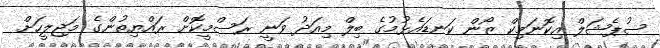
ސުޕެޝަލް އިކޮނަމިކް ޒޯން ކަނޑައެޅުމުގެ ބިލް މިއަދު ވަނީ ރަސްމީކޮށް ރައްޔިތުންގެ މަޖިލީހަށް